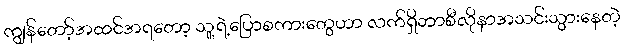
ကျွန်တော့်အထင်အရတော့ သူ့ရဲ့ပြောစကားတွေဟာ လက်ရှိဘာစီလိုနာအသင်းသွားနေတဲ့